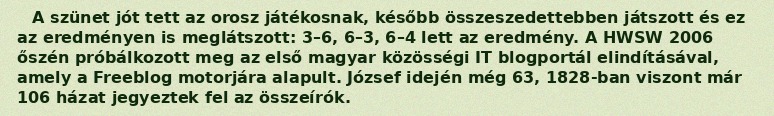
A szünet jót tett az orosz játékosnak, később összeszedettebben játszott és ez az eredményen is meglátszott: 3–6, 6–3, 6–4 lett az eredmény. A HWSW 2006 őszén próbálkozott meg az első magyar közösségi IT blogportál elindításával, amely a Freeblog motorjára alapult. József idején még 63, 1828-ban viszont már 106 házat jegyeztek fel az összeírók.